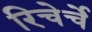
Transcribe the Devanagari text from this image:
रिचेर्चे